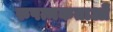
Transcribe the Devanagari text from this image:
रुपत्मकताओं